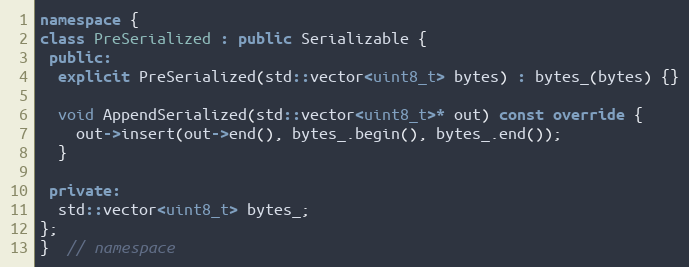
Language: C++
namespace {
class PreSerialized : public Serializable {
 public:
  explicit PreSerialized(std::vector<uint8_t> bytes) : bytes_(bytes) {}

  void AppendSerialized(std::vector<uint8_t>* out) const override {
    out->insert(out->end(), bytes_.begin(), bytes_.end());
  }

 private:
  std::vector<uint8_t> bytes_;
};
}  // namespace